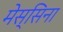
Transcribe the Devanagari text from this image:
मेस्सिना